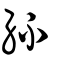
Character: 紑